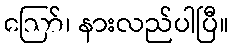
ဪ၊ နားလည်ပါပြီ။